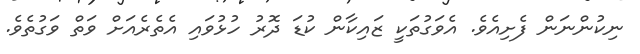
ނިކުންނަން ފެށިއެެވެ. އެވަގުތަކީ ޒައިކާން ކުޑަ ދޮރު ހުޅުވައި އެތެރެއަށް ވަތް ވަގުތެވެ.